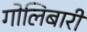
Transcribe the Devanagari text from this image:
गोलिबारी